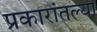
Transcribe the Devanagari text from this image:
प्रकारांतल्या